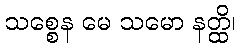
သစ္စေန မေ သမော နတ္ထိ၊